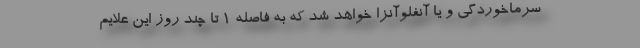
سرماخوردگی و یا آنفلوآنزا خواهد شد که به فاصله 1 تا چند روز این علایم